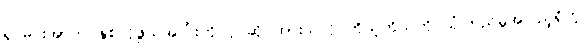
ရှင်မင်းအာက နှစ်လိုဖွယ်အပြုံးကို ပိုင်ဆိုင်ထားသလို ကိုယ့်ကိုယ်ကို ယုံကြည်မှုအပြည့်ရှိတဲ့